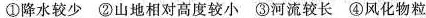
①降水较少 ②山地相对高度较小 ③河流较长 ④风化物粒